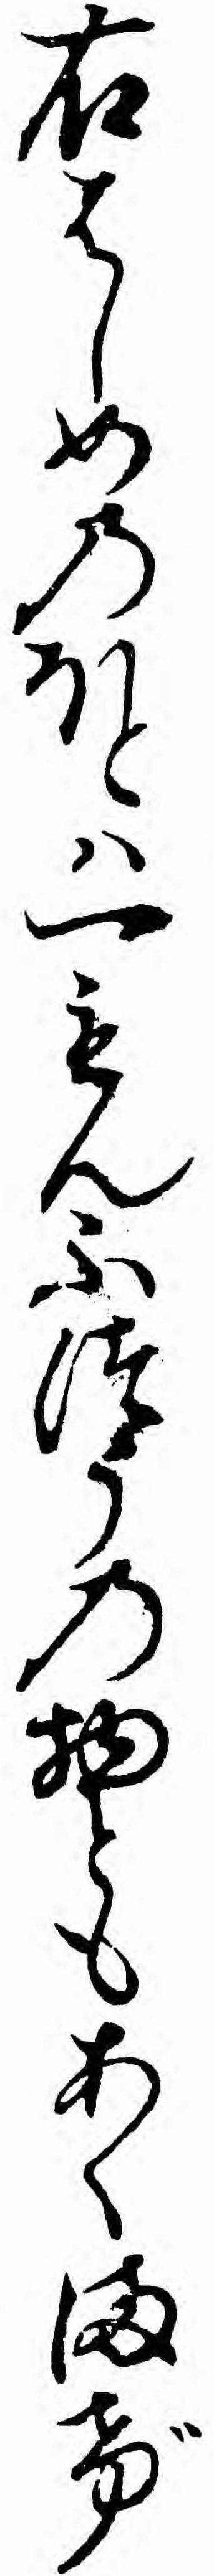
右はしめのほとハ一もんふつうの物ともあくまげ